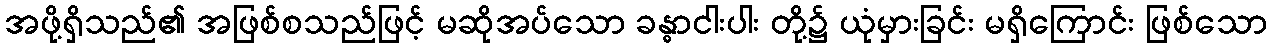
အဖို့ရှိသည်၏ အဖြစ်စသည်ဖြင့် မဆိုအပ်သော ခန္ဓာငါးပါး တို့၌ ယုံမှားခြင်း မရှိကြောင်း ဖြစ်သော